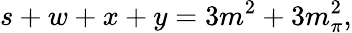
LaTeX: s+w+x+y=3m^{2}+3m_{\pi}^{2},